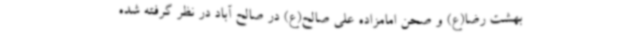
بهشت رضا(ع) و صحن امامزاده علی صالح(ع) در صالح آباد در نظر گرفته شده